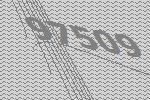
97509